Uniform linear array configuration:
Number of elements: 48
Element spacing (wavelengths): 0.25
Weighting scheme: kaiser
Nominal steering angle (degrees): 60
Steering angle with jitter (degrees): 58.375
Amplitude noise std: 0.05
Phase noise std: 0.05

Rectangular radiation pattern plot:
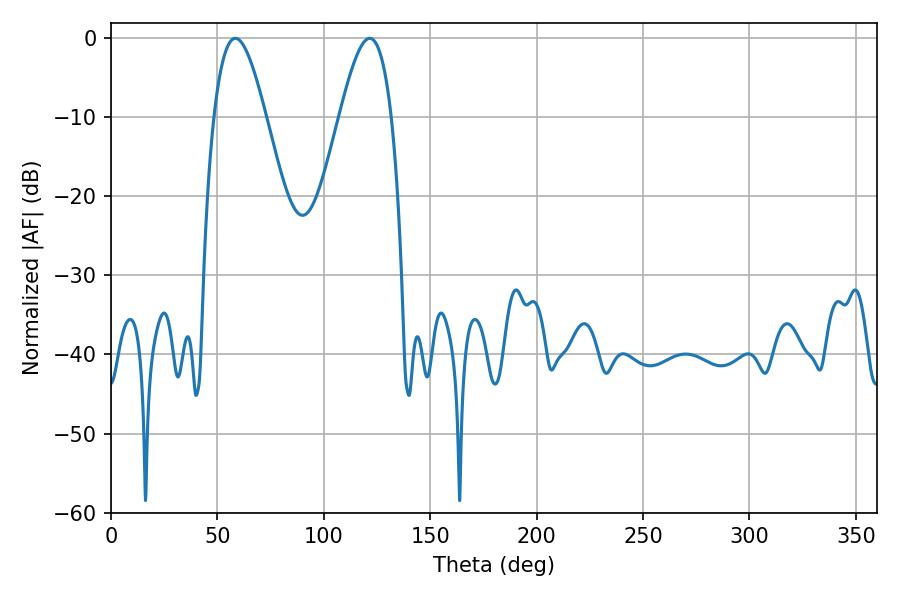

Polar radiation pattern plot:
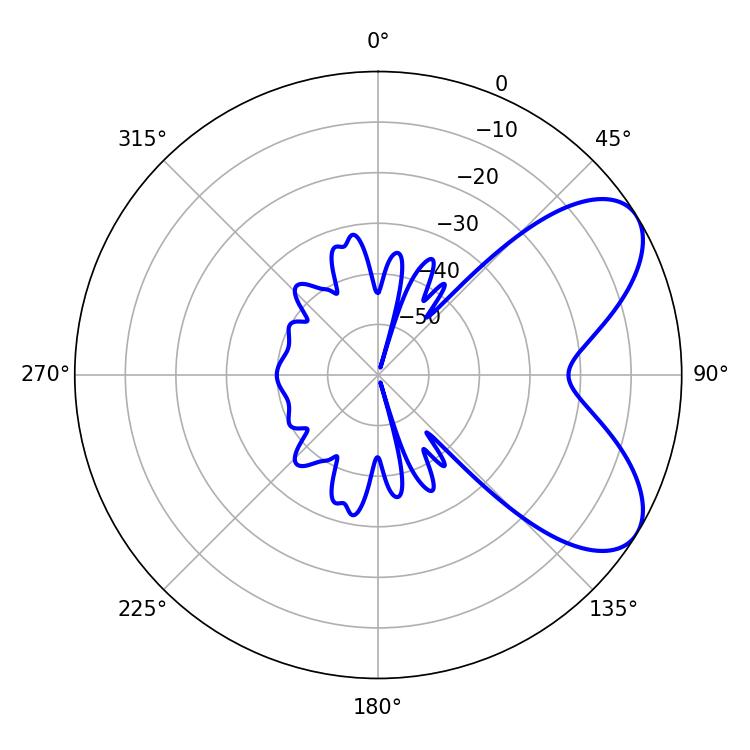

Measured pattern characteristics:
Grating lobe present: FALSE
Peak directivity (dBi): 6.647
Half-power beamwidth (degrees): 13.14
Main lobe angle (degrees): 58.5